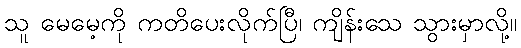
သူ မေမေ့ကို ကတိပေးလိုက်ပြီ၊ ကျိန်းသေ သွားမှာလို့။